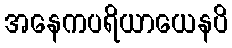
အနေကပရိယာယေနပိ